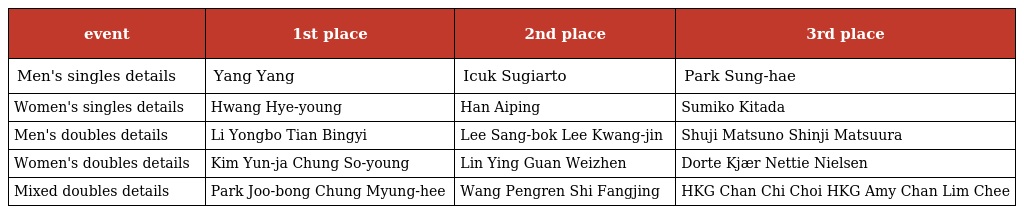
| event | 1st place | 2nd place | 3rd place |
 | --- | --- | --- | --- |
 | Men's singles details | Yang Yang | Icuk Sugiarto | Park Sung-hae |
 | Women's singles details | Hwang Hye-young | Han Aiping | Sumiko Kitada |
 | Men's doubles details | Li Yongbo Tian Bingyi | Lee Sang-bok Lee Kwang-jin | Shuji Matsuno Shinji Matsuura |
 | Women's doubles details | Kim Yun-ja Chung So-young | Lin Ying Guan Weizhen | Dorte Kjær Nettie Nielsen |
 | Mixed doubles details | Park Joo-bong Chung Myung-hee | Wang Pengren Shi Fangjing | HKG Chan Chi Choi HKG Amy Chan Lim Chee |